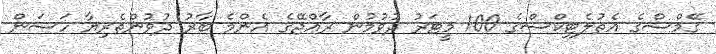
ގޭމްސްގެ އެތުލެޓިކްސްގެ 100 މީޓަރު ދުވުމުން ރާއްޖޭގެ އެންމެ ބާރު ދުވުންތެރިޔާ ހަސަން